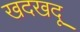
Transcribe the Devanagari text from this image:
खदखदू